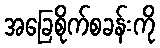
အခြေစိုက်စခန်းကို